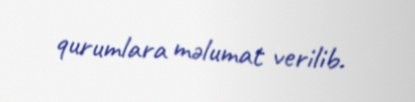
qurumlara məlumat verilib.